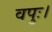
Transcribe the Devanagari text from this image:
वपुः।